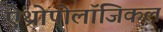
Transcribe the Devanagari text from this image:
ऐंथ्रोपोलॉजिकल